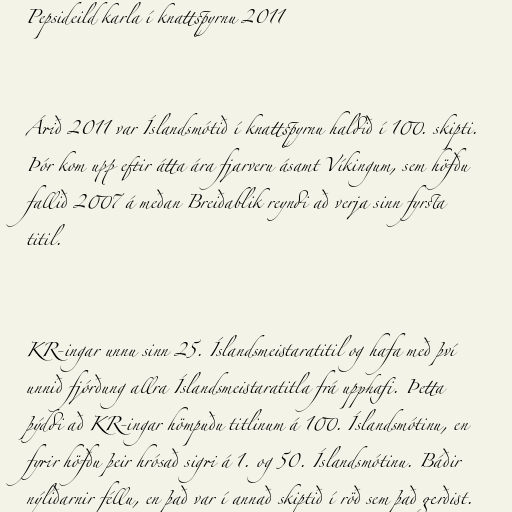
Pepsideild karla í knattspyrnu 2011

Árið 2011 var Íslandsmótið í knattspyrnu haldið í 100. skipti.
Þór kom upp eftir átta ára fjarveru ásamt Víkingum, sem höfðu
fallið 2007 á meðan Breiðablik reyndi að verja sinn fyrsta
titil.

KR-ingar unnu sinn 25. Íslandsmeistaratitil og hafa með því
unnið fjórðung allra Íslandsmeistaratitla frá upphafi. Þetta
þýddi að KR-ingar hömpuðu titlinum á 100. Íslandsmótinu, en
fyrir höfðu þeir hrósað sigri á 1. og 50. Íslandsmótinu. Báðir
nýliðarnir féllu, en það var í annað skiptið í röð sem það gerðist.